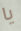
يا